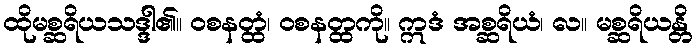
ထိုမစ္ဆရိယသဒ္ဒါ၏။ ဝစနတ္ထံ၊ ဝစနတ္ထကို။ ဣဒံ အစ္ဆရိယံ၊ လ။ မစ္ဆရိယန္တိ